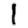
Digit: 1